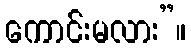
ကောင်းမလား”။